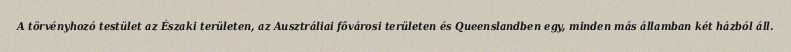
A törvényhozó testület az Északi területen, az Ausztráliai fővárosi területen és Queenslandben egy, minden más államban két házból áll.